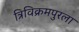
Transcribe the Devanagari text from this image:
त्रिविक्रमपुरला